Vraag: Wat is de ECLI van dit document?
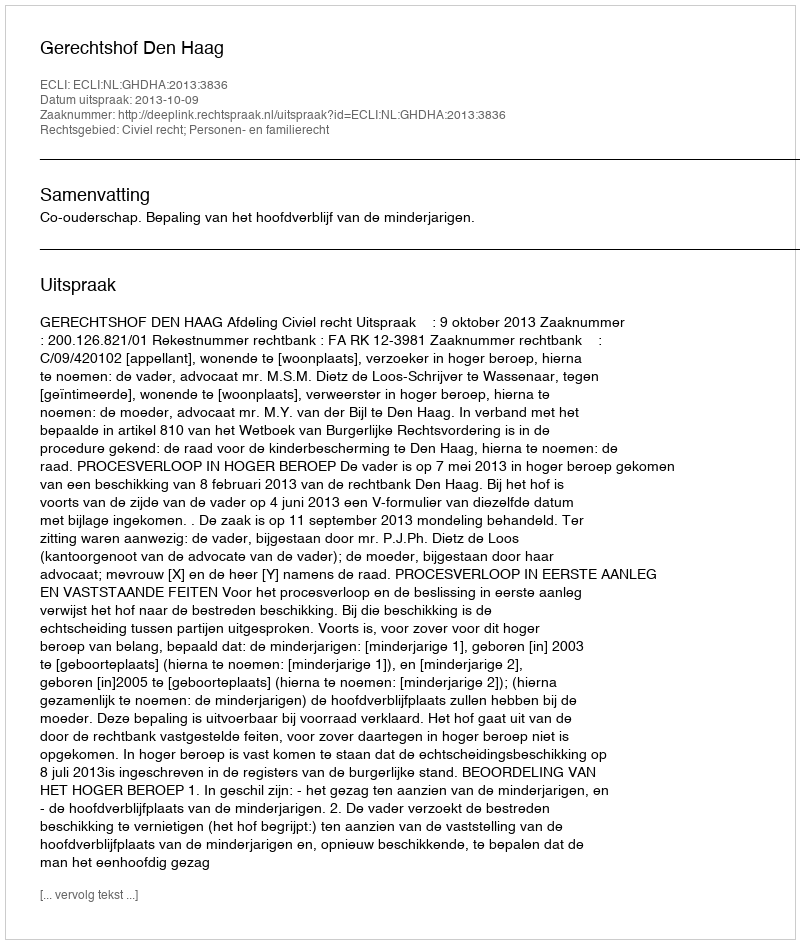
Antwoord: ECLI:NL:GHDHA:2013:3836